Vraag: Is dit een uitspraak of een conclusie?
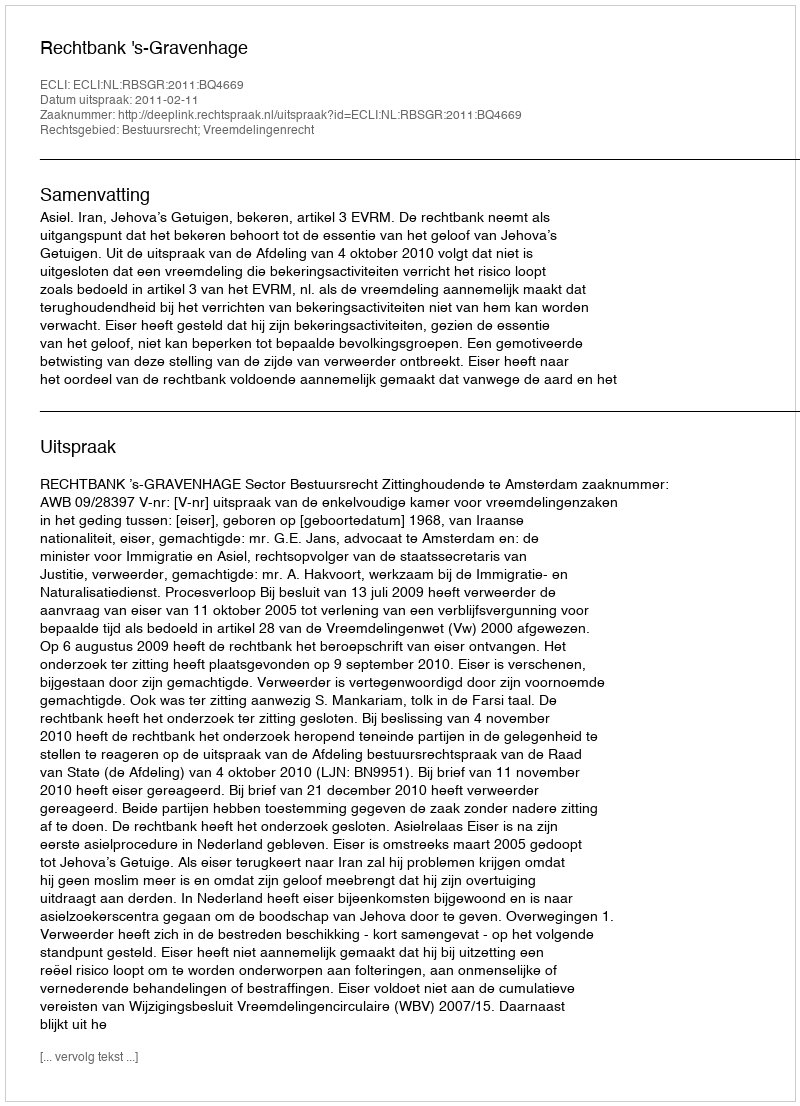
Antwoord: Uitspraak